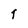
Character: T